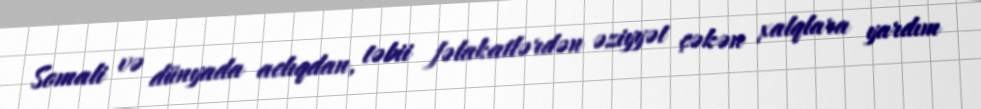
Somali və dünyada aclıqdan, təbii fəlakatlərdən əziyyət çəkən xalqlara yardım